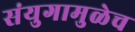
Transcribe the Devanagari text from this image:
संयुगामुळेच